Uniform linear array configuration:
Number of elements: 64
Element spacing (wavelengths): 0.25
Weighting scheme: kaiser
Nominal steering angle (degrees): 15
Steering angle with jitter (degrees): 16.621
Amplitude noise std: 0.05
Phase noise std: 0.05

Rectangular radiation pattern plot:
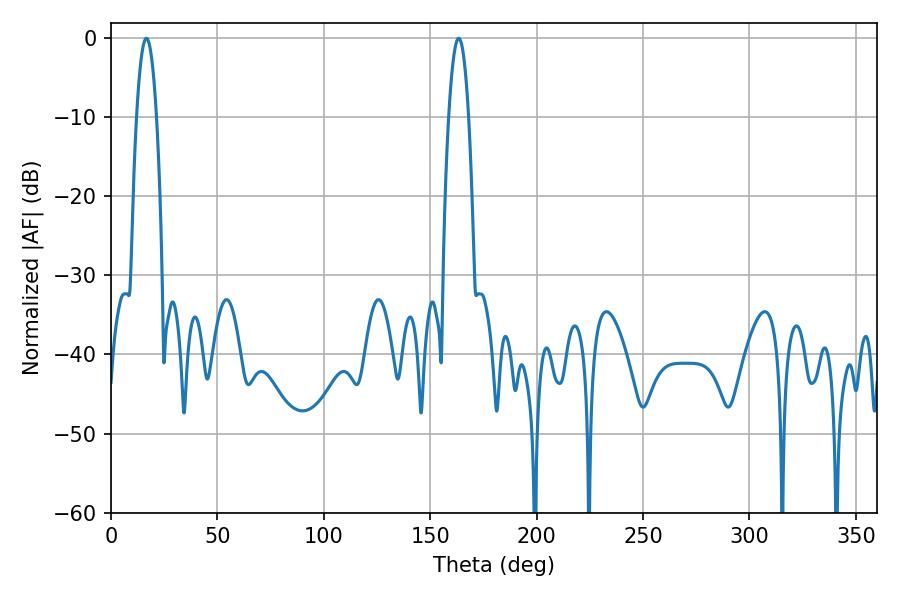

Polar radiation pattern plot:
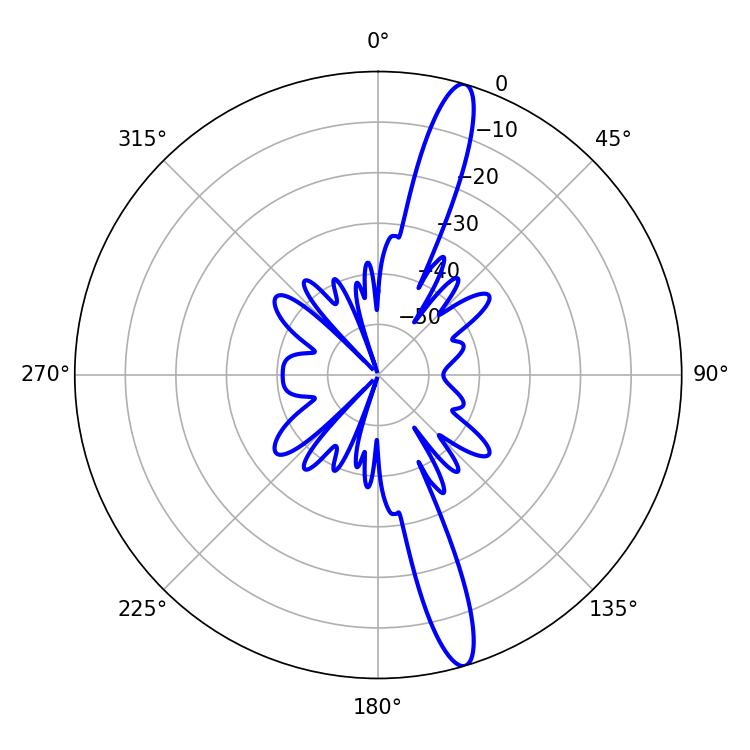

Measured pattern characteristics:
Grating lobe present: FALSE
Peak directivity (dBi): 15.544
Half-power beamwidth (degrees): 5.22
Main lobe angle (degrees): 16.56